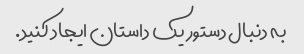
به دنبال دستور یک داستان ایجاد کنید.